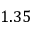
1 . 3 5